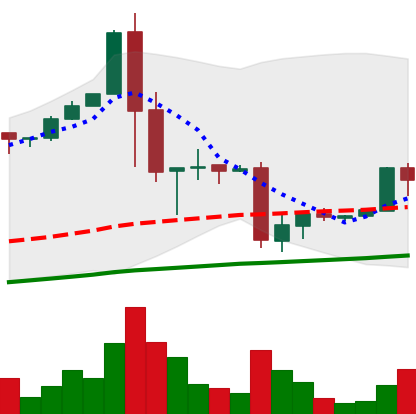
Ticker: BTC-USD
Chart end date: 2017-01-18
Forward return: 3.879%
Label: up_3_5